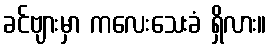
ခင်ဗျားမှာ ကလေးသေးခံ ရှိလား။